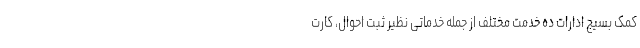
کمک بسیج ادارات ده خدمت مختلف از جمله خدماتی نظیر ثبت احوال، کارت